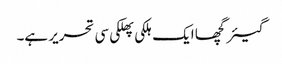
گیئرگچھا ایک ہلکی پھلکی سی تحریر ہے۔